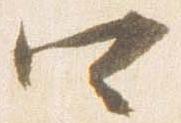
四